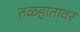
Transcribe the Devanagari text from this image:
तळहातावर